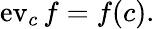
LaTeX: \operatorname{ev}_{c}f=f(c).